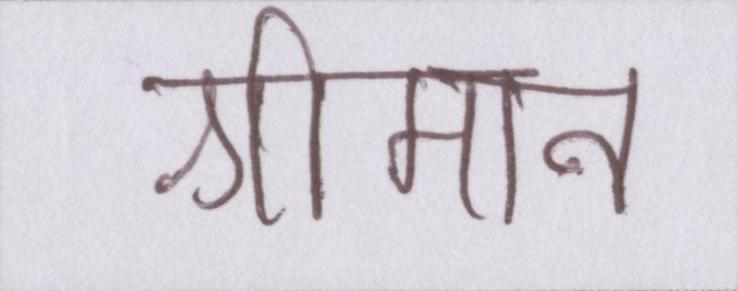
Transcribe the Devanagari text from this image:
श्रीमान